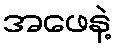
အဖေနဲ့